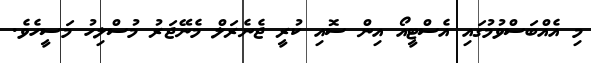
މި އެއްބަސްވުމުގައި އެސްޓީއޯ އިން ސޮއި ކުރީ ޖެނެރަލް މެނޭޖަރު މުސްލިހު މަސީހެވެ.